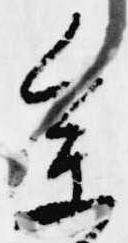
参